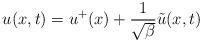
LaTeX: \begin{align*}u(x,t) = u^+(x) + \frac{1}{\sqrt{\beta}} \tilde{u}(x,t)\end{align*}